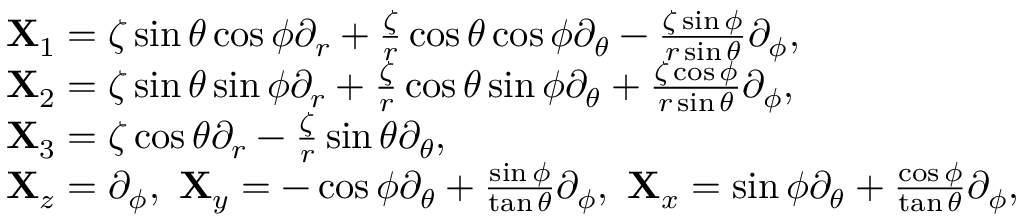
\begin{array} { r } { \begin{array} { r l } & { { \bf X } _ { 1 } = \zeta \sin \theta \cos \phi \partial _ { r } + \frac { \zeta } { r } \cos \theta \cos \phi \partial _ { \theta } - \frac { \zeta \sin \phi } { r \sin \theta } \partial _ { \phi } , } \\ & { { \bf X } _ { 2 } = \zeta \sin \theta \sin \phi \partial _ { r } + \frac { \zeta } { r } \cos \theta \sin \phi \partial _ { \theta } + \frac { \zeta \cos \phi } { r \sin \theta } \partial _ { \phi } , } \\ & { { \bf X } _ { 3 } = \zeta \cos \theta \partial _ { r } - \frac { \zeta } { r } \sin \theta \partial _ { \theta } , } \\ & { { \bf X } _ { z } = \partial _ { \phi } , ~ { \bf X } _ { y } = - \cos \phi \partial _ { \theta } + \frac { \sin \phi } { \tan \theta } \partial _ { \phi } , ~ { \bf X } _ { x } = \sin \phi \partial _ { \theta } + \frac { \cos \phi } { \tan \theta } \partial _ { \phi } , } \end{array} } \end{array}